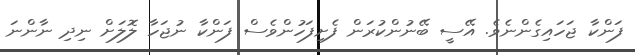
ފަންކާ ޖަހައިގެންނެވެ. އޭސީ ބޭނުންކުރަން ފެށިފަހުންވެސް ފަންކާ ނުޖަހާ ލޮލަށް ނިދި ނާންނަ